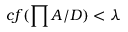
c f ( \prod A / D ) < \lambda